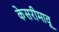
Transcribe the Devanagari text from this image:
केसरीमावू